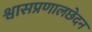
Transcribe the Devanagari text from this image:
श्वासप्रणालछेदन